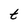
Character: t